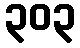
၃၀၃